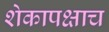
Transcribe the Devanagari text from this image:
शेकापक्षाच